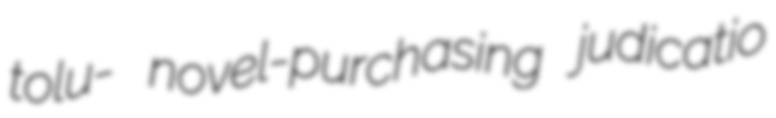
tolu- novel-purchasing judicatio